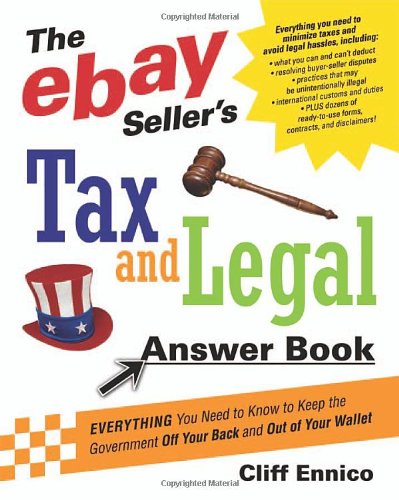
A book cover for The eBay Seller's Tax and Legal Answer Book: Everything You Need to Know to Keep the Government Off Your Back and Out of Your Wallet; Cliff Ennico; Computers & Technology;